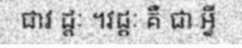
ជាវ ដ្តៈ ។វដ្តៈ គឺ ជា អ្វី